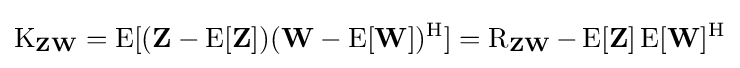
\operatorname {K} _{\mathbf {Z} \mathbf {W} }=\operatorname {E} [(\mathbf {Z} -\operatorname {E} [\mathbf {Z} ])(\mathbf {W} -\operatorname {E} [\mathbf {W} ])^{\rm {H}}]=\operatorname {R} _{\mathbf {Z} \mathbf {W} }-\operatorname {E} [\mathbf {Z} ]\operatorname {E} [\mathbf {W} ]^{\rm {H}}